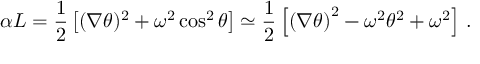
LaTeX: \alpha L = \frac { 1 } { 2 } \left[ ( \nabla \theta ) ^ { 2 } + \omega ^ { 2 } \cos ^ { 2 } \theta \right] \simeq \frac { 1 } { 2 } \left[ \left( \nabla \theta \right) ^ { 2 } - \omega ^ { 2 } \theta ^ { 2 } + \omega ^ { 2 } \right] \, .